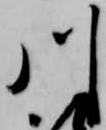
川